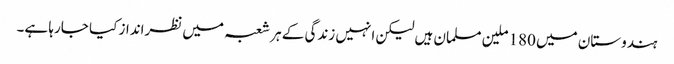
ہندوستان میں 180 ملین مسلمان ہیں لیکن انہیں زندگی کے ہر شعبہ میں نظرانداز کیا جارہا ہے۔